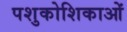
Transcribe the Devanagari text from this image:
पशुकोशिकाओं